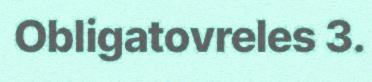
Obligatovreles 3.